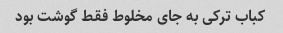
کباب ترکی به جای مخلوط فقط گوشت بود